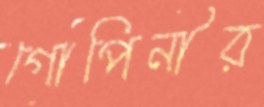
গোপিনীর